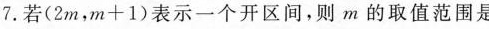
7.若(2m，m+1)表示一个开区间，则m的取值范围是